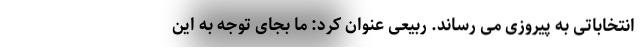
انتخاباتی به پیروزی می رساند. ربیعی عنوان کرد: ما بجای توجه به این